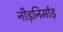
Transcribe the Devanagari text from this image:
नीड़निर्माड़